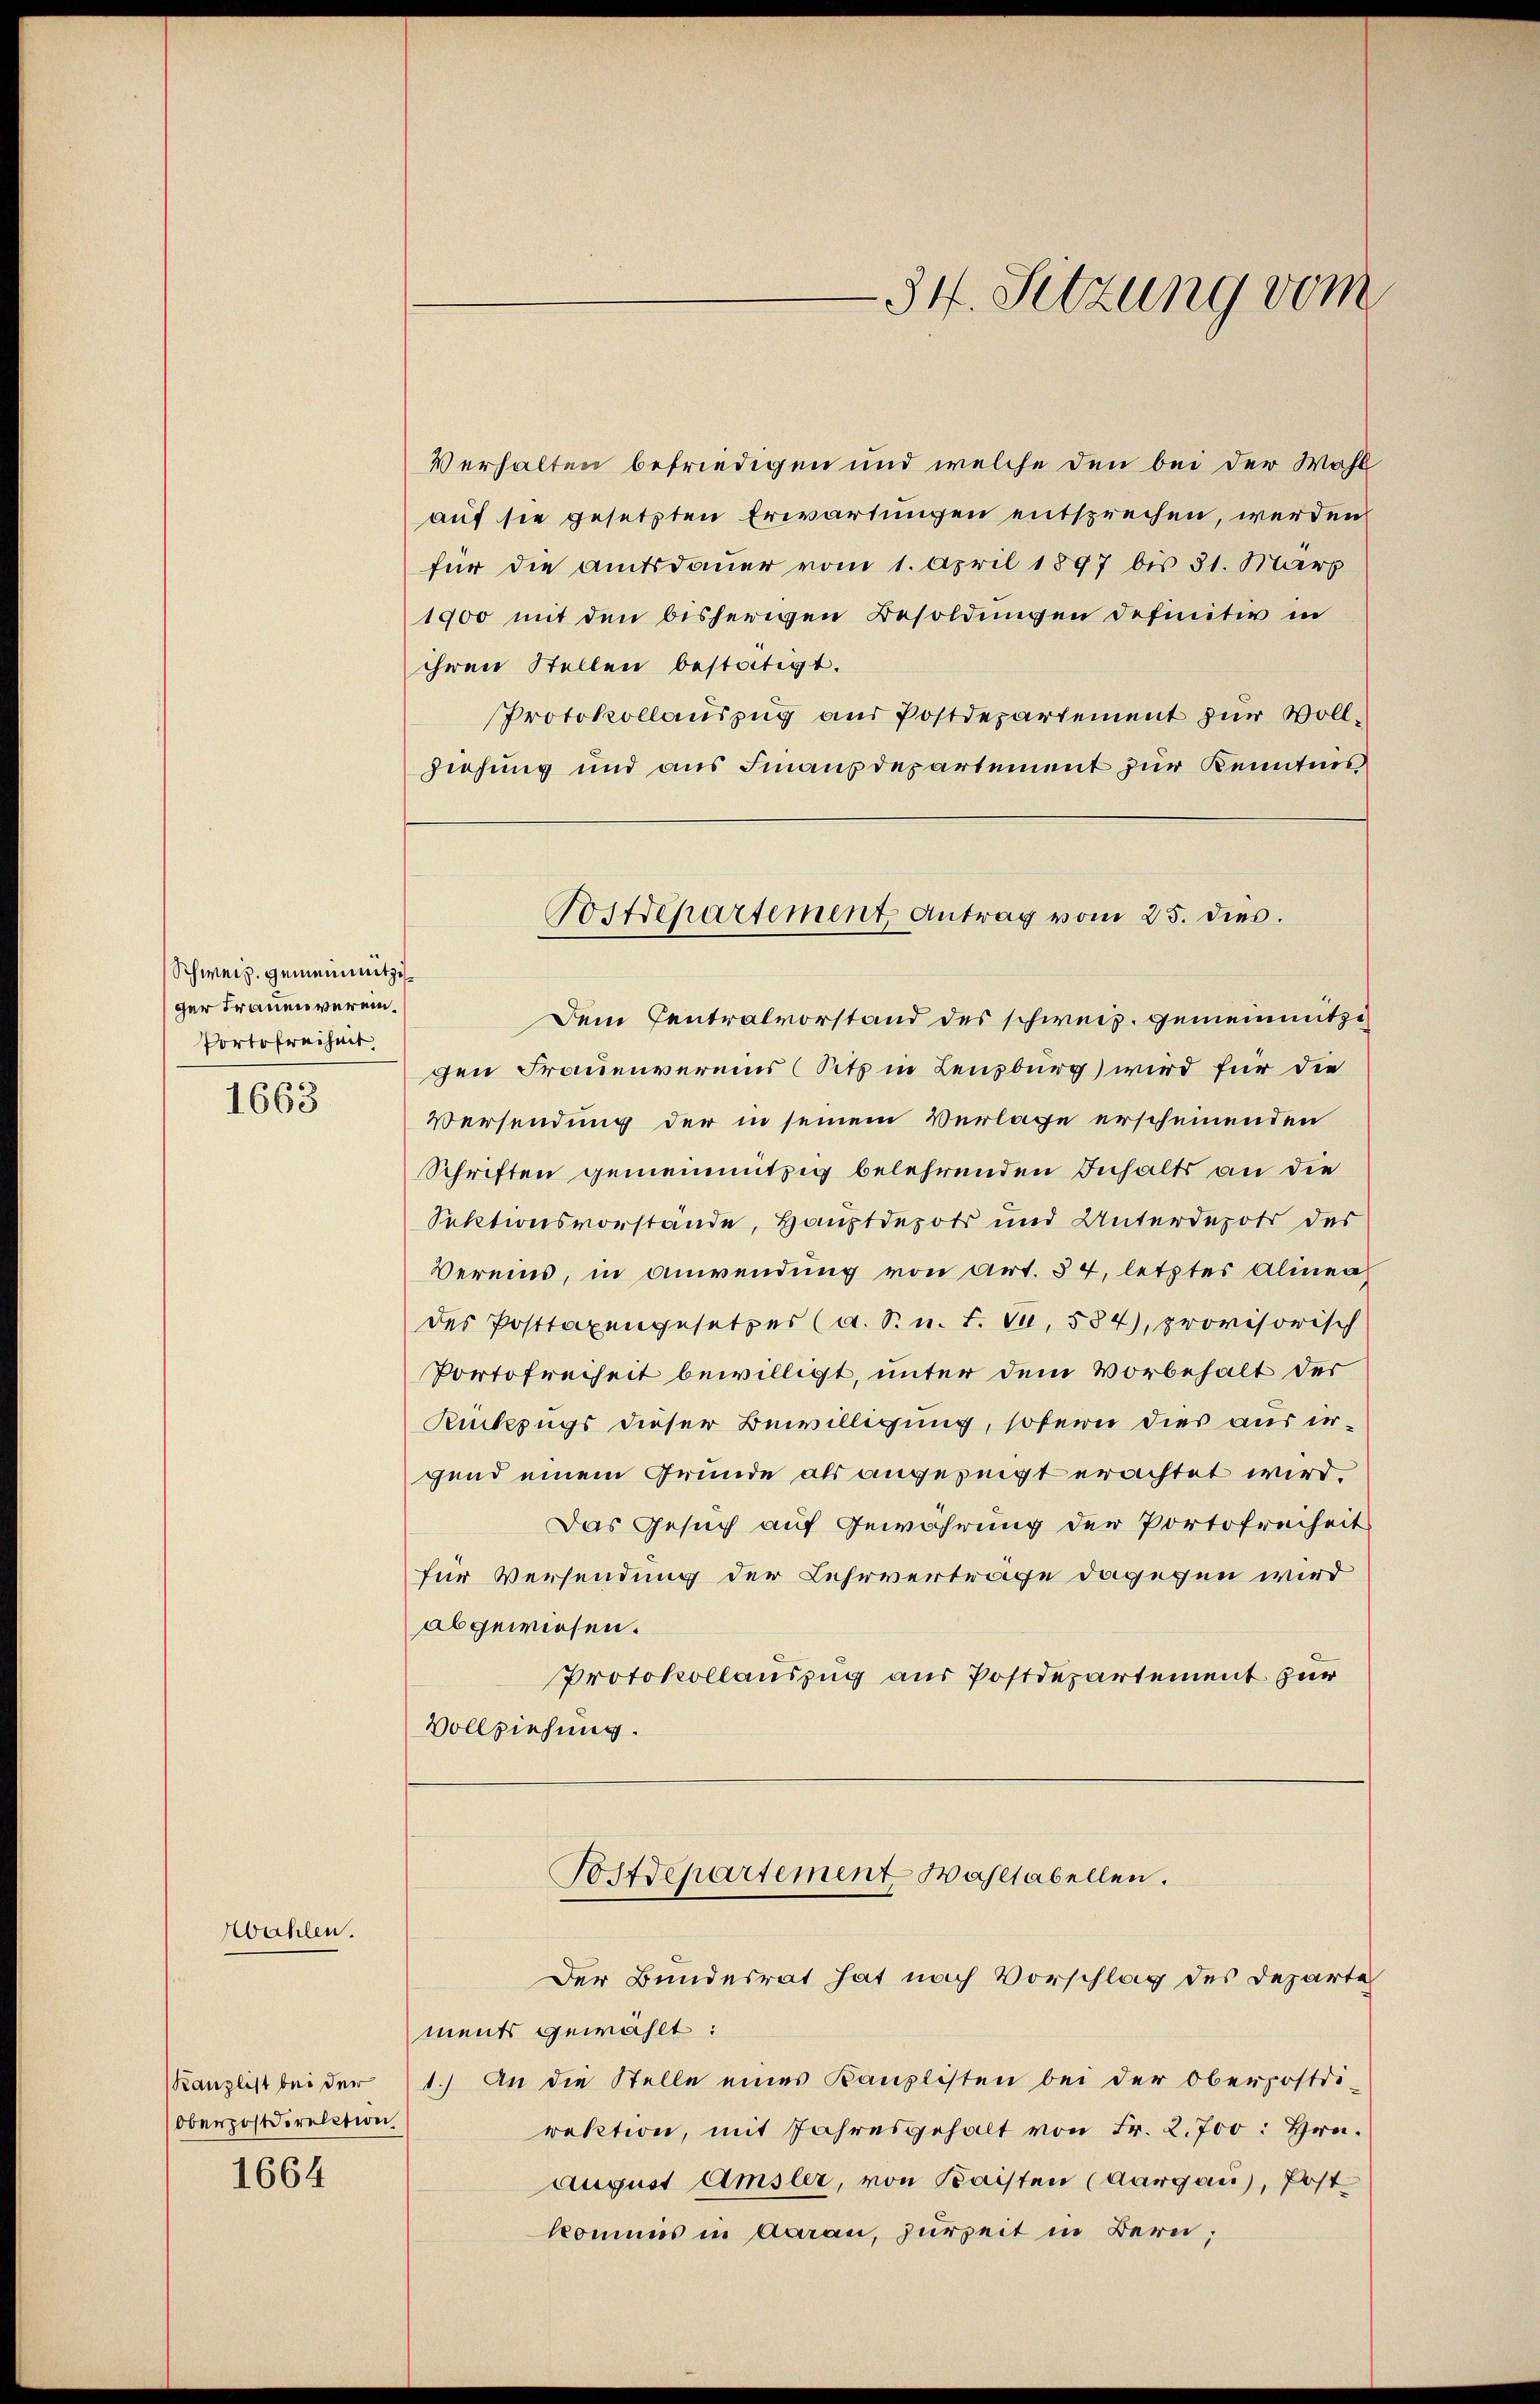
Schweiz. gemein mitziger Frauen verein.
Portofreiheit,

1663

Wahlen.

Oberpostdirection
1664

Verhalten befriedigen und welche den bei der Wohl
auf sie gesetzten Erwartungen entsprechen, werden
für die Amtsdauer vom 1. April 1897 bis 31. März
1900 mit den bisherigen Besoldungen definitiv in
ihren Stellen bestätigt.
Protokollauszug aus Postdepartement zur Voll¬
Ziehung und aus Finanzdepartement zur Kenntnis
Dem Centralvorstand des schweiz. gemeinnitzigen Frauenvereins (Sitz in Lenzburg) wird für die
Versendung der in seinem Verlage erscheinenden
Schriften gemeinnützig belehrenden Inhalts an die
Sektionsvorstände, Hauptdepots und Unterdepots des
Vereins, in anwendung von Art. 54, letztes Alinea
des Posttaxengesetzes (a. S. u. t. Ja, 584), provisorisch
Portofreiheit bewilligt, unter dem Vorbehalt der
Rückzugs dieser Bewilligung, sofern dies aus irgend einem Grunde als angezeigt erachtet wird.
Das Gesuch auf Gewährung der Portofreiheit
für Versendung der Lehrvertrage dagegen wird
abgewiesen.
Protokollauszug aus Postdepartement zur
Vollziehung.

-34. Sitzung vom

Postdepartement Antrag vom 25. dies.

Postdepartement Wahltabellen.
Der Bundesrat hat nach Vorschlag des Departe

ments gewählt:
Kanzlist bei der 1.) An die Stelle eines Kanzlisten bei der Oberpostdi-
rektion, mit Jahresgehalt von Fr. 2.700: Hrn.
August Amsler, von Kaisten (Aargau), Post
kommis in Aarau, zurzeit in Bern;